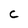
Character: C